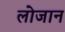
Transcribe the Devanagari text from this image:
लोजान